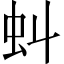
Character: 虯